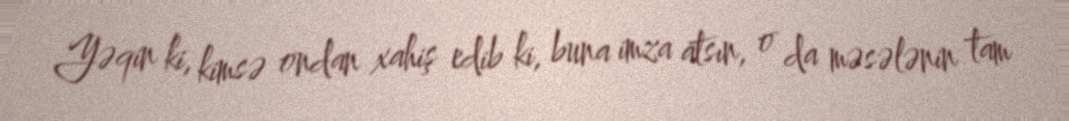
Yəqin ki, kimsə ondan xahiş edib ki, buna imza atsın, o da məsələnin tam